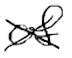
Text: of
Cross-out: cross
Writing tool: digital_black